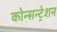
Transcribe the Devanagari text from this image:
कोन्सन्ट्रेशन